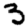
Digit: 3